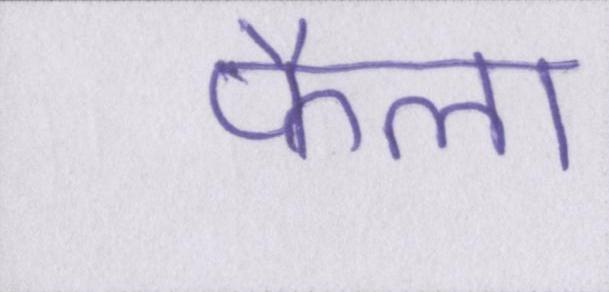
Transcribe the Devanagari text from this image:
फैला